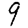
Digit: 9